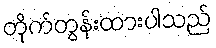
တိုက်တွန်းထားပါသည်